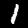
Digit: 1